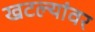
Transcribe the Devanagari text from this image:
खटल्यांवर